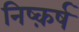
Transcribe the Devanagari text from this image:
निष्क़र्ष